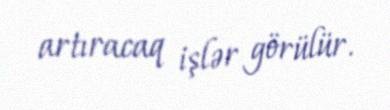
artıracaq işlər görülür.